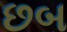
છબ